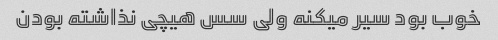
خوب بود سیر میکنه ولی سس هیچی نذاشته بودن